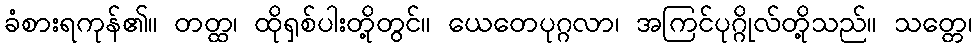
ခံစားရကုန်၏။ တတ္ထ၊ ထိုရှစ်ပါးတို့တွင်။ ယေတေပုဂ္ဂလာ၊ အကြင်ပုဂ္ဂိုလ်တို့သည်။ သတ္တေ၊